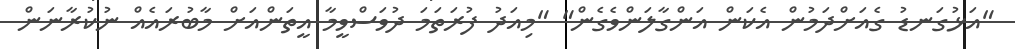
"އަޅުގަނޑު ގެއަށްދަމުން އެކަން އަންގާލަންވެގެން" "މިއަދު ފުރަތަމަ ދުވަސްވީމާ އީތަންއަށް މާބުރައެއް ނުކުރާނަން